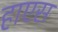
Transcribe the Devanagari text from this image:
हाएस